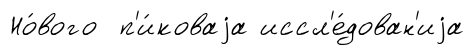
Но́вого п'и́коваjа иссл'е́дован'иjа